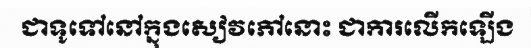
ជាទូទៅនៅក្នុងសៀវភៅនោះ ជាការលើកឡើង